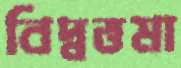
বিদ্বত্তমা